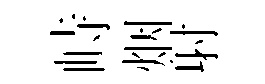
峙烟射